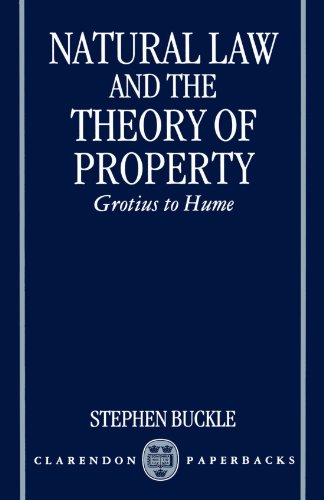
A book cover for Natural Law and the Theory of Property: Grotius to Hume (Clarendon Paperbacks); Stephen Buckle; Law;